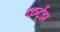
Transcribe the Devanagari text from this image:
कर्ट्झ